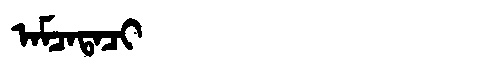
Manchu: ᠠᠮᠴᠠᡨᠠᠴᡳ
Romanization: AMCATACI